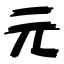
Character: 元